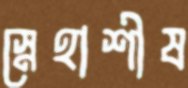
স্নেহাশীষ